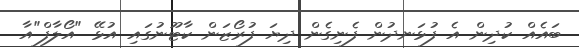
ބައެއް ކުދިން އެ ފުޅަނދުން ފެނިގެން ދިޔަ ފުރޯޒަން ކާޓޫނުގައި އުޅޭ "އޯލާފް"އާ